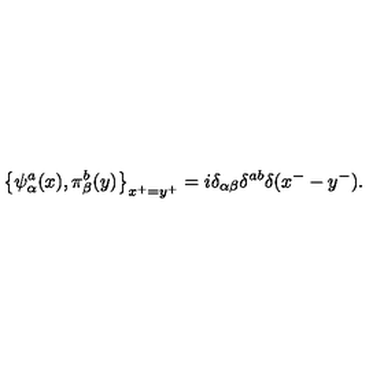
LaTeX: \left\{ \psi _ { \alpha } ^ { a } ( x ) , \pi _ { \beta } ^ { b } ( y ) \right\} _ { x ^ { + } = y ^ { + } } = i \delta _ { \alpha \beta } \delta ^ { a b } \delta ( x ^ { - } - y ^ { - } ) .